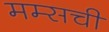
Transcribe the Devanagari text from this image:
मम्सची